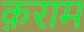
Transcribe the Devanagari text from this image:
क़राम